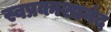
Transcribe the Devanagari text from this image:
स्वप्रकाशानंद